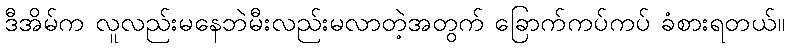
ဒီအိမ်က လူလည်းမနေဘဲမီးလည်းမလာတဲ့အတွက် ခြောက်ကပ်ကပ် ခံစားရတယ်။